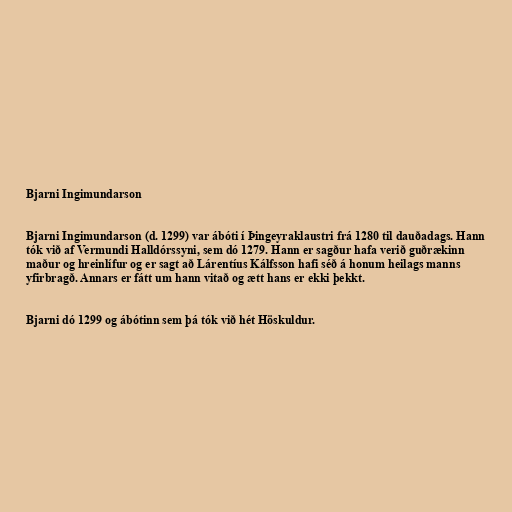
Bjarni Ingimundarson

Bjarni Ingimundarson (d. 1299) var ábóti í Þingeyraklaustri frá 1280 til dauðadags. Hann
tók við af Vermundi Halldórssyni, sem dó 1279. Hann er sagður hafa verið guðrækinn
maður og hreinlífur og er sagt að Lárentíus Kálfsson hafi séð á honum heilags manns
yfirbragð. Annars er fátt um hann vitað og ætt hans er ekki þekkt.

Bjarni dó 1299 og ábótinn sem þá tók við hét Höskuldur.